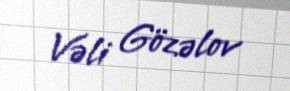
Vəli Gözəlov